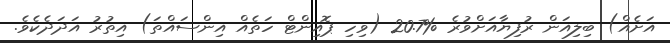
އަށެއް) ބިލިއަން ރުފިޔާއަށްވުރެ %20.7 (ވިހި ޕޮއިންޓް ހަތެއް އިންސައްތަ) އިތުރު އަދަދެކެވެ.